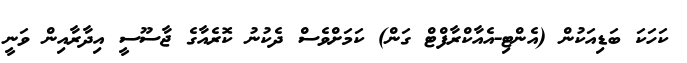
ކަހަކަ ބަޑިއަކުން (އެންޓި-އެއާކްރާފްޓް ގަން) ކަމަށްވެސް ދެކުނު ކޮރެއާގެ ޖާސޫސީ އިދާރާއިން ވަނީ